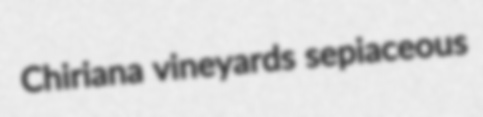
Chiriana vineyards sepiaceous